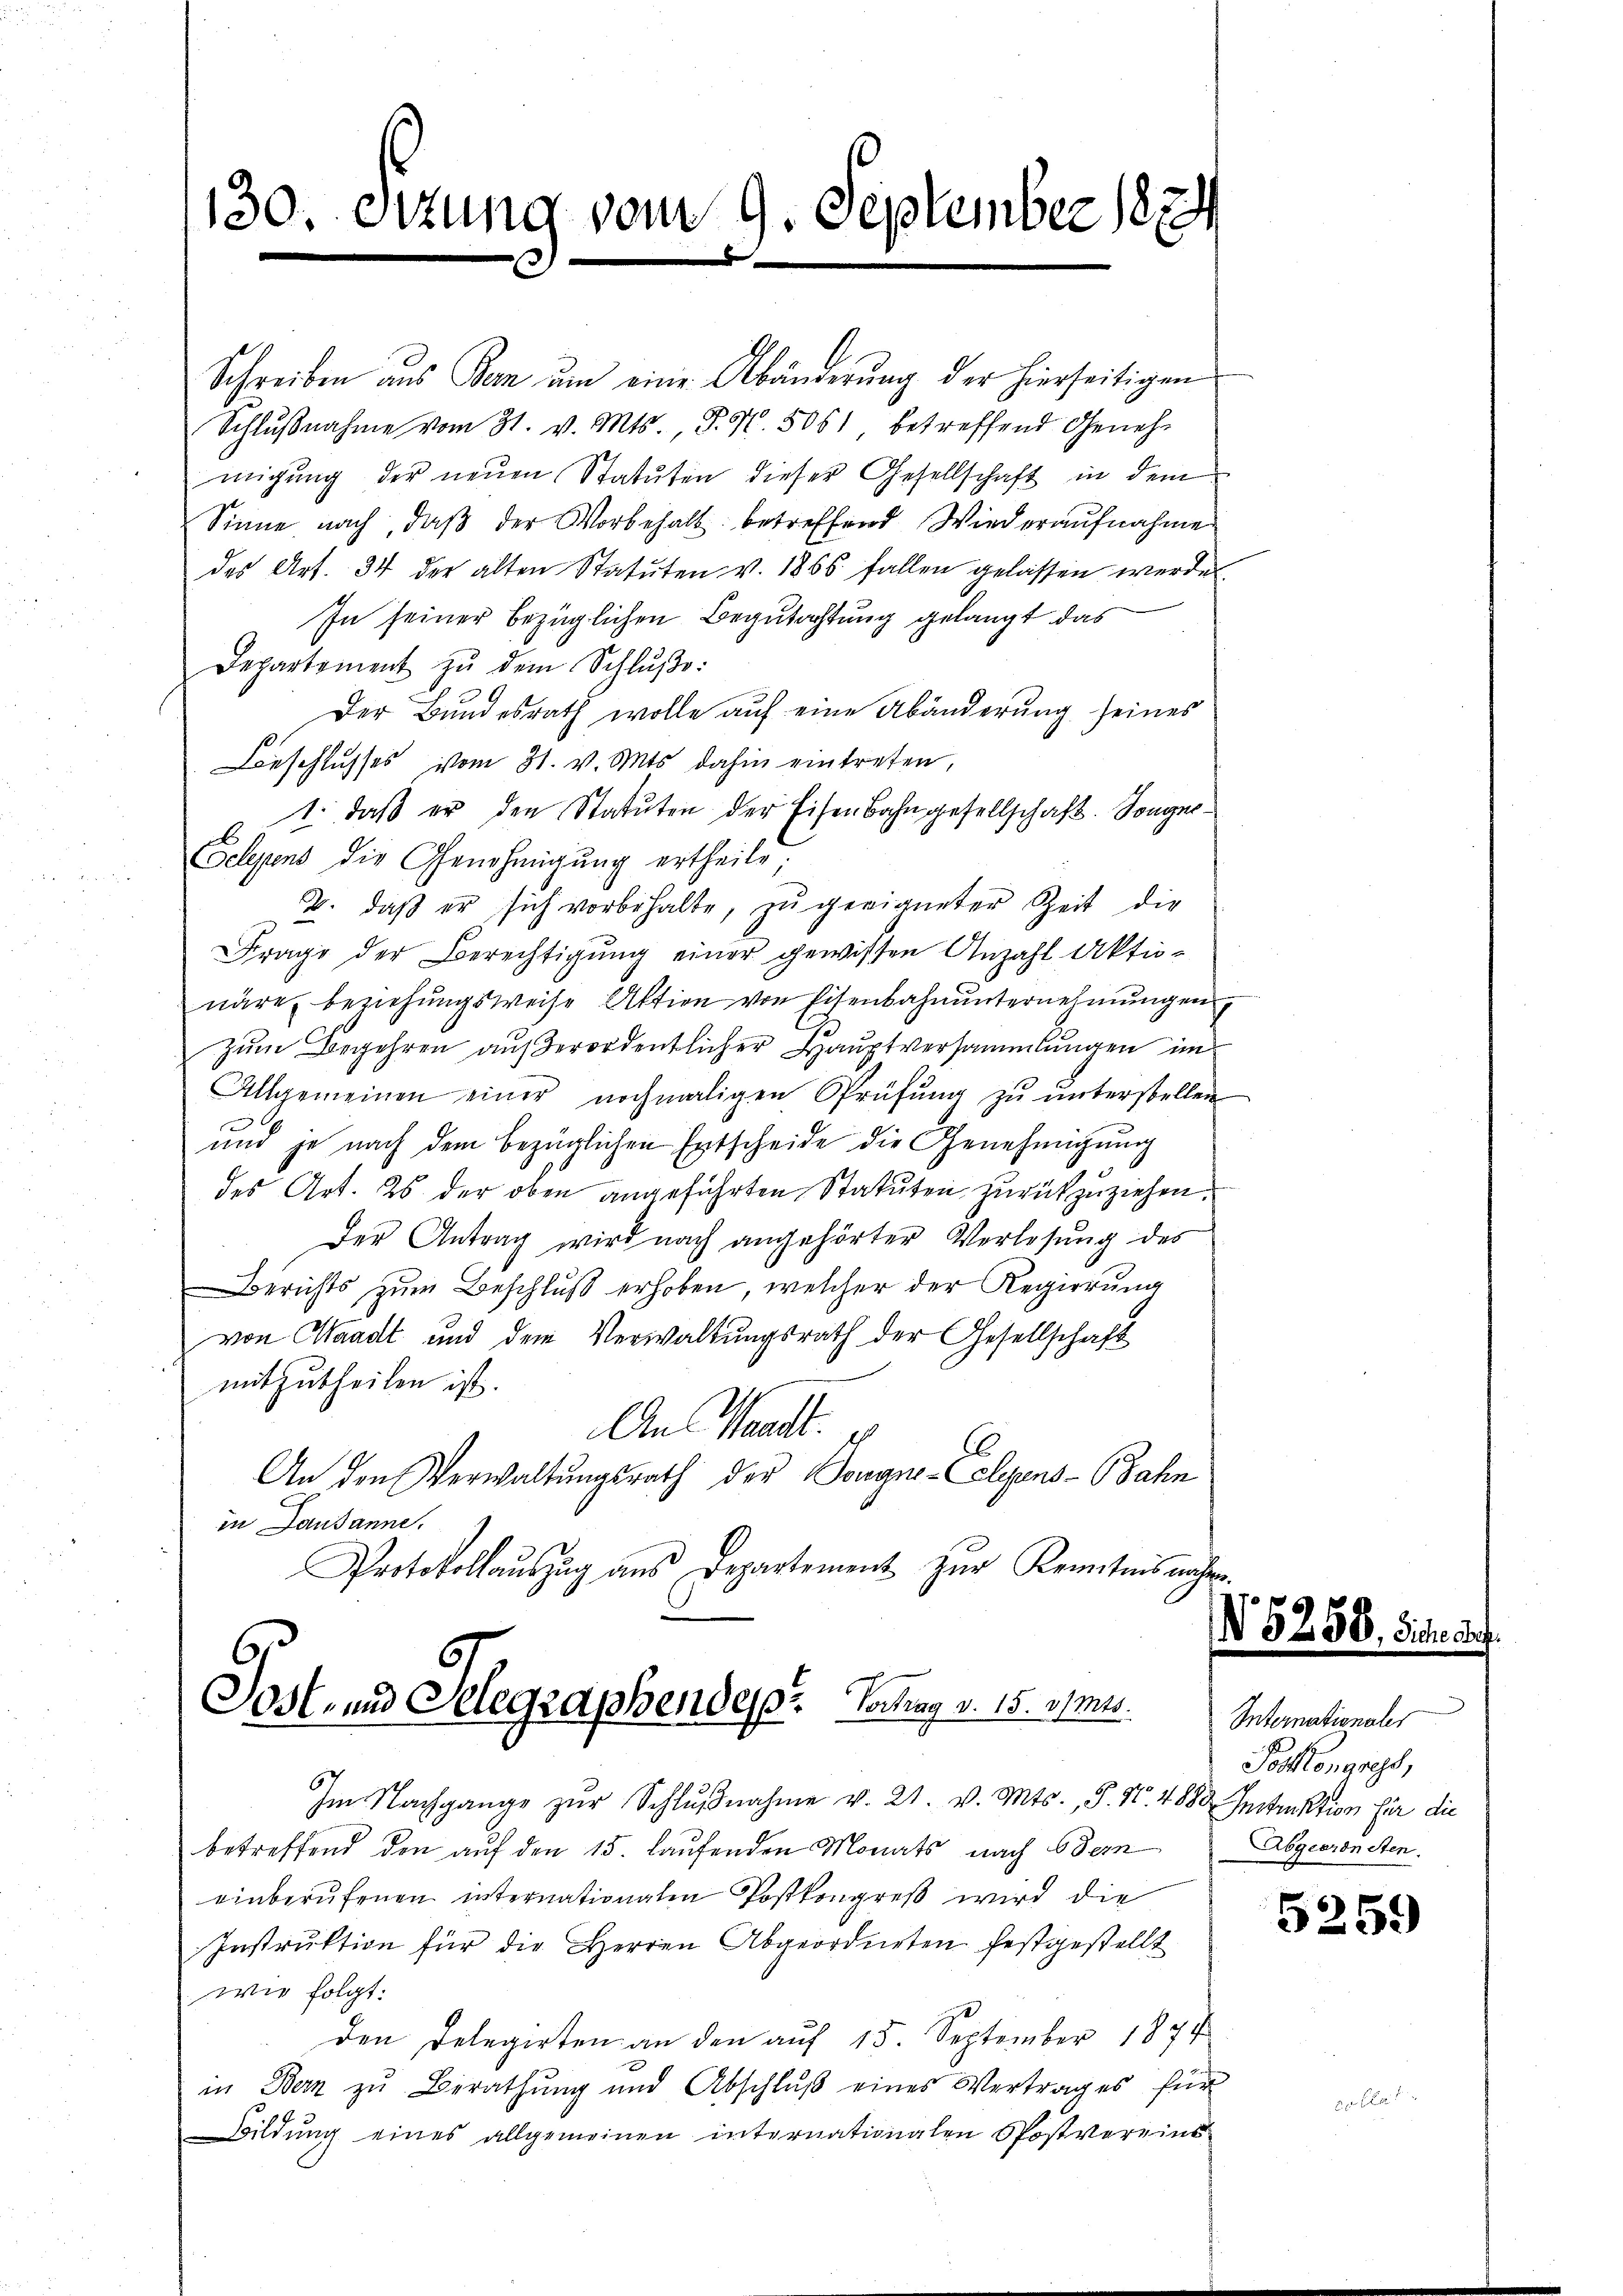
130. Sizung vom 9. September 1874

Schreiben aus Bern ŭm eine Abänderŭng der hierseitigen
Schlŭβnahme vom 31. v. Mts. S. N. 5061 betreffend Geneh-
migŭng der neŭen Statuten dieser Gesellschaft in dem
Sinne nach, daß der Vorbehalt betreffend Wiederaufnahme
des Art. 34 der alten Statuten v. 1865. fallen gelassen werde.
In seiner bezüglichen Begutachtung gelangt das
Departement zu dem Schluße:
Der Bundesrath wolle auf eine Abänderung seines
Beschlŭsses vom 31. v. Mts. dahin eintreten,
1. daß er den Statuten der Eisenbahngesellschaft. Songne¬
Belegens die Genehmigung ertheilt;
2. daβ er sich vorbehalte, zŭ geeigneter Zeit die
Frage der Berechtigung einer gewissen Anzahl Aktio-
näre beziehŭngsweise Aktion von Eisenbahnŭnternehmungen.
zum Begehren außerordentlicher Hauptversammlungen im
Allgemeinen einer nochmaligen Prüfŭng zŭ ŭnterstellen
und je nach dem bezüglichen Entscheide die Genehmigung
des Art. 26 der oben angeführten Statuten zurückzuziehen.
Der Antrag wird nach angehörter Verlesung des
Berichts zum Beschluß erhoben, welcher der Regierung
von Waadt und dem Verwaltungsrath der Gesellschaft
mitzutheilen ist.
An Waadt.
C
An den Verwaltungsrath der Tongne- elegens- (Jahn
in Lausanne,
Protokollaŭszŭg ans Departement zŭr Kenntnis nahm.

6
Post- und Gelegraphendes Vortrag v. 15. 1125.
Im Nachgange zŭr Schlŭβnahme v. 21. v. Mts., S. Nr. 4880 Instruktion für die

betreffend den aŭf den 15. laŭfenden Monats nach Odern
einberufenen internationalen Postkongreß wird die
Instrŭktion für die Herren Abgeordneten festgestellt
wie folgt:
den Delegirten an den auf 15. September 1874
in Bern zu Berathŭng und Abschlŭβ eines Vertrages für
Bildung eines allgemeinen internationalen Postvereins

1

Internationales
Poskonas,
Abgeordneten.

5259)